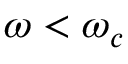
\omega < \omega _ { c }